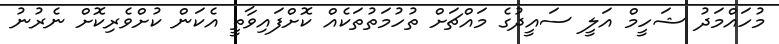
މުހައްމަދު ޝަހީމް އަލީ ސައީދުގެ މައްޗަށް ތުހުމަތުތަކެއް ކޮށްފައިވާތީ އެކަން ކުށްވެރިކޮށް ނެރުނު